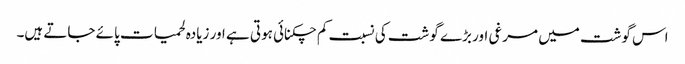
اس گوشت میں مرغی اور بڑے گوشت کی نسبت کم چکنائی ہوتی ہے اور زیادہ لحمیات پائے جاتے ہیں۔